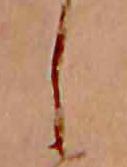
し